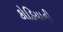
કોડિયાની